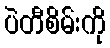
ပဲတီစိမ်းကို